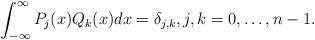
LaTeX: \begin{align*} \int_{-\infty}^{\infty} P_j(x) Q_k(x) dx = \delta_{j,k}, j,k = 0, \ldots, n-1.\end{align*}